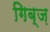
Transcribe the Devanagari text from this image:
गिब्ज़